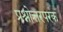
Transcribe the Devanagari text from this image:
प्रश्नोत्तरपरक